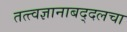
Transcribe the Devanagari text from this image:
तत्त्वज्ञानाबद्दलचा